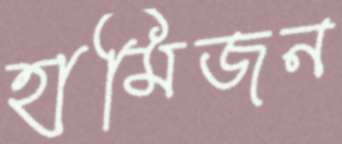
হামিজন